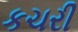
કચરી